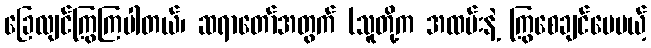
ခြေလျင်ကြွကြပါတယ်၊ ဆရာတော်အတွက် (သူတို့က အထမ်းနဲ့ ကြွစေချင်ပေမယ့်